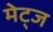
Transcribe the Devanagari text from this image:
मेट्ज